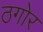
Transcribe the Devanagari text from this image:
ठगोर